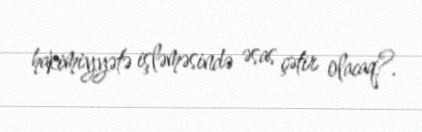
hakimiyyətə işləməsində əsas çətir olacaq?.